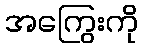
အကြွေးကို